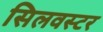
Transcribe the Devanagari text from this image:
सिलवस्टर